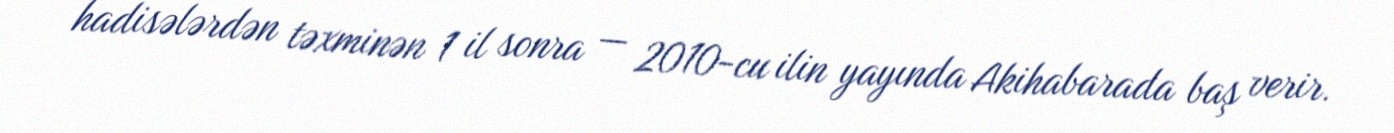
hadisələrdən təxminən 1 il sonra — 2010-cu ilin yayında Akihabarada baş verir.